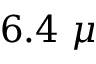
6 . 4 ~ \mu